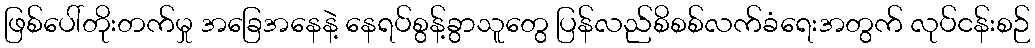
ဖြစ်ပေါ်တိုးတက်မှု အခြေအနေနဲ့ နေရပ်စွန့်ခွာသူတွေ ပြန်လည်စိစစ်လက်ခံရေးအတွက် လုပ်ငန်းစဉ်